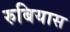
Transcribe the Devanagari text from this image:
रुबियास